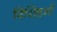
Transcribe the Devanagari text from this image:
विशिष्टओं